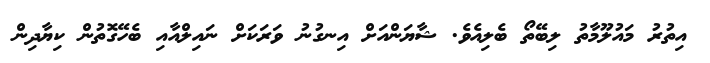
އިތުރު މައުލޫމާތު ލިބޭތޯ ބެލިއެވެ. ޝާޔަންއަށް އިނގުނު ވަރަކަށް ނައިލްއާއި ބެހޭގޮތުން ކިޔާދިން